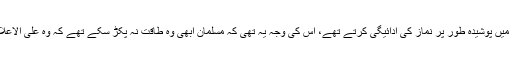
ہجرت سے قبل مسلمان مکۂ معظمہ میں پوشیدہ طور پر نماز کی ادائیگی کرتے تھے، اس کی وجہ یہ تھی کہ مسلمان ابھی وہ طاقت نہ پکڑ سکے تھے کہ وہ علیٰ الاعلان نماز کے وقت کا اعلان کرسکیں۔